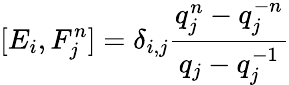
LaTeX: [E_{i},F_{j}^{n}]=\delta_{i,j}\frac{q_{j}^{n}-q_{j}^{-n}}{q_{j}-q_{j}^{-1}}